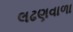
લઢણવાળા